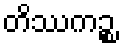
တိဿကဉ္စ